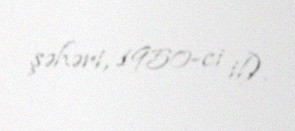
şəhəri, 1950-ci il).